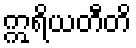
ဣရိယတီတိ